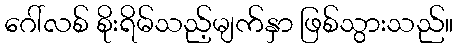
ဂေါ်လစ် စိုးရိမ်သည့်မျက်နှာ ဖြစ်သွားသည်။